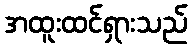
အထူးထင်ရှားသည်